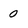
Character: 0